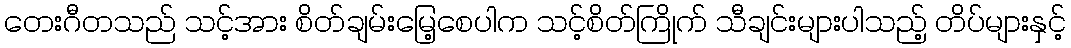
တေးဂီတသည် သင့်အား စိတ်ချမ်းမြေ့စေပါက သင့်စိတ်ကြိုက် သီချင်းများပါသည့် တိပ်များနှင့်